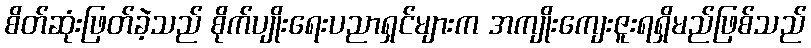
စိတ်ဆုံးဖြတ်ခဲ့သည် စိုက်ပျိုးရေးပညာရှင်များက အကျိုးကျေးဇူးရရှိမည်ဖြစ်သည်